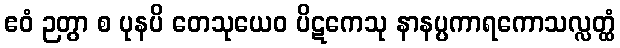
ဧဝံ ဉတွာ စ ပုနပိ တေသုယေဝ ပိဋကေသု နာနပ္ပကာရကောသလ္လတ္ထံ